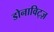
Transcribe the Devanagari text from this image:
डोनाविट्ज़